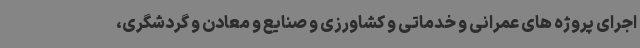
اجرای پروژه های عمرانی و خدماتی و کشاورزی و صنایع و معادن و گردشگری،